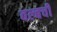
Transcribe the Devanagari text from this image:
बल्बची